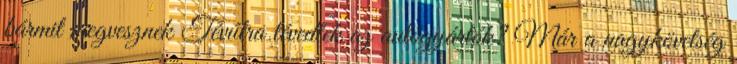
bármit megvesznek Tévútra tévedtek az autógyártók? Már a nagykövetség